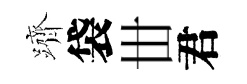
躋袋丗君